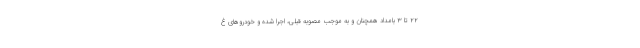
۲۲ تا ۳ بامداد همچنان و به موجب مصوبه قبلی، اجرا شده و خودروهای غ